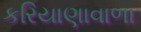
કરિયાણાવાળા